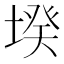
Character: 𡎝